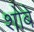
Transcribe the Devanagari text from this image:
शोबे